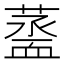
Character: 𧗆